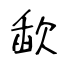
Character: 歃